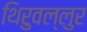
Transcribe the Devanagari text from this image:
थिरुवल्लुर